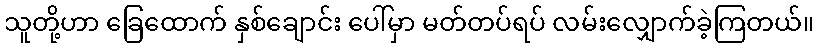
သူတို့ဟာ ခြေထောက် နှစ်ချောင်း ပေါ်မှာ မတ်တပ်ရပ် လမ်းလျှောက်ခဲ့ကြတယ်။